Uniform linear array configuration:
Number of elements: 12
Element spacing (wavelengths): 1
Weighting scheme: hamming
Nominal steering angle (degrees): -45
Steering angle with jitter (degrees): -46.266
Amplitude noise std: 0.05
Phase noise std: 0.05

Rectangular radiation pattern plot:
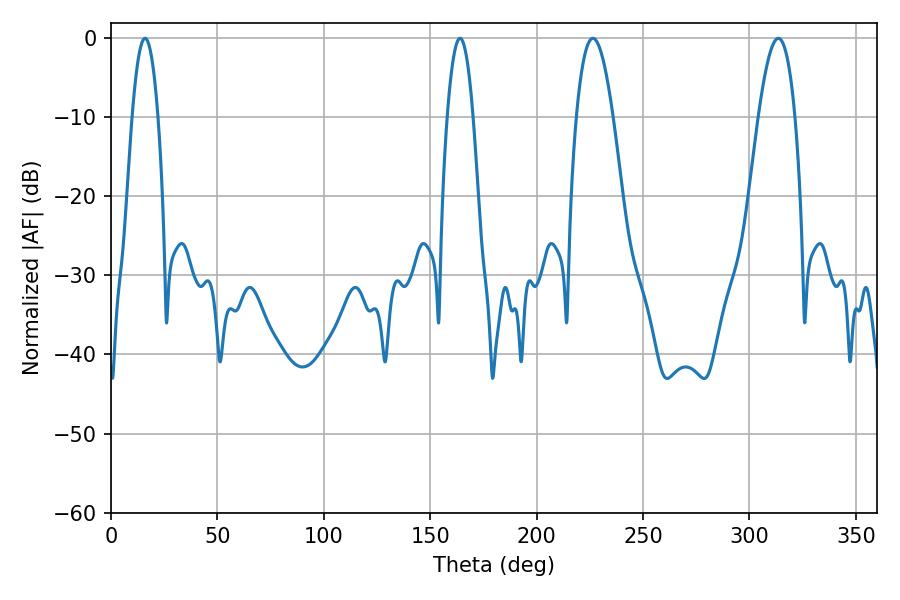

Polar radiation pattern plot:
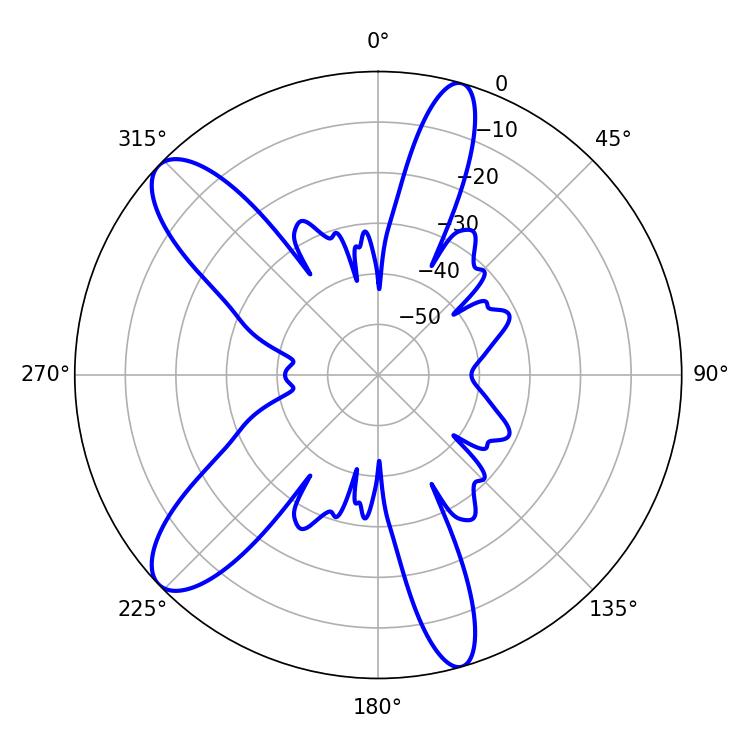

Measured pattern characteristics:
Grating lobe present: TRUE
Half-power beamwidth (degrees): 9.36
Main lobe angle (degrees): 226.44